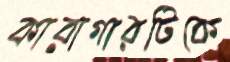
কারাগারটিকে